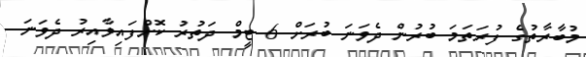
މުބާރާތުގެ ފުރަތަމަ ބުރުން ދެވަނަ ބުރަށް 6 ޓީމް ދަތުރު ކޮށްފައިވާއިރު ދެވަނަ